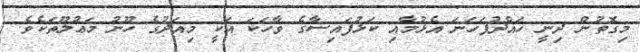
މިގޮތުން ދިނީ ހައްދުފަހަނަ އެޅުމާއި ކަޅުފައިސާގެ ވާހަކަ އަކީ މިއަދުގެ ހޫނު މަޢުލޫތަކެވެ.